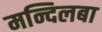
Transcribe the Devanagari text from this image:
मन्दिलबा